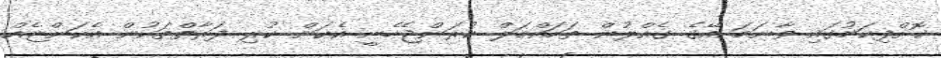
ކޮށްފިކަމުގައި ވާނަމަ އޭގެ ގެއްލުން ތަހައްމަލް ކުރަންޖެހެނީ އެކަން ކުރި ފަރާތްތަކުން އެކަންޏެއް